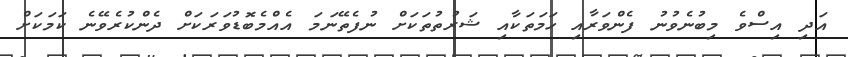
އަދި އިސްވެ މިބުނެވުނު ފެންވަރާއި ހަމަތަކާއި ޝަރުތުތަކަށް ނުފެތޭނަމަ އެއްމެބޮޑުވަރަކަށް ދެންކުރެވޭނެ ކަމަކަށް